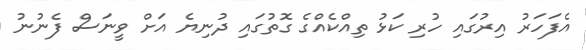
އެފަހަރު އިރުގައި ހުރި ކަޅު ތިއްކެއްގެ ގޮތުގައި ދުނިޔެ އަށް ވީނަސް ފެނުނު